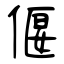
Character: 偃